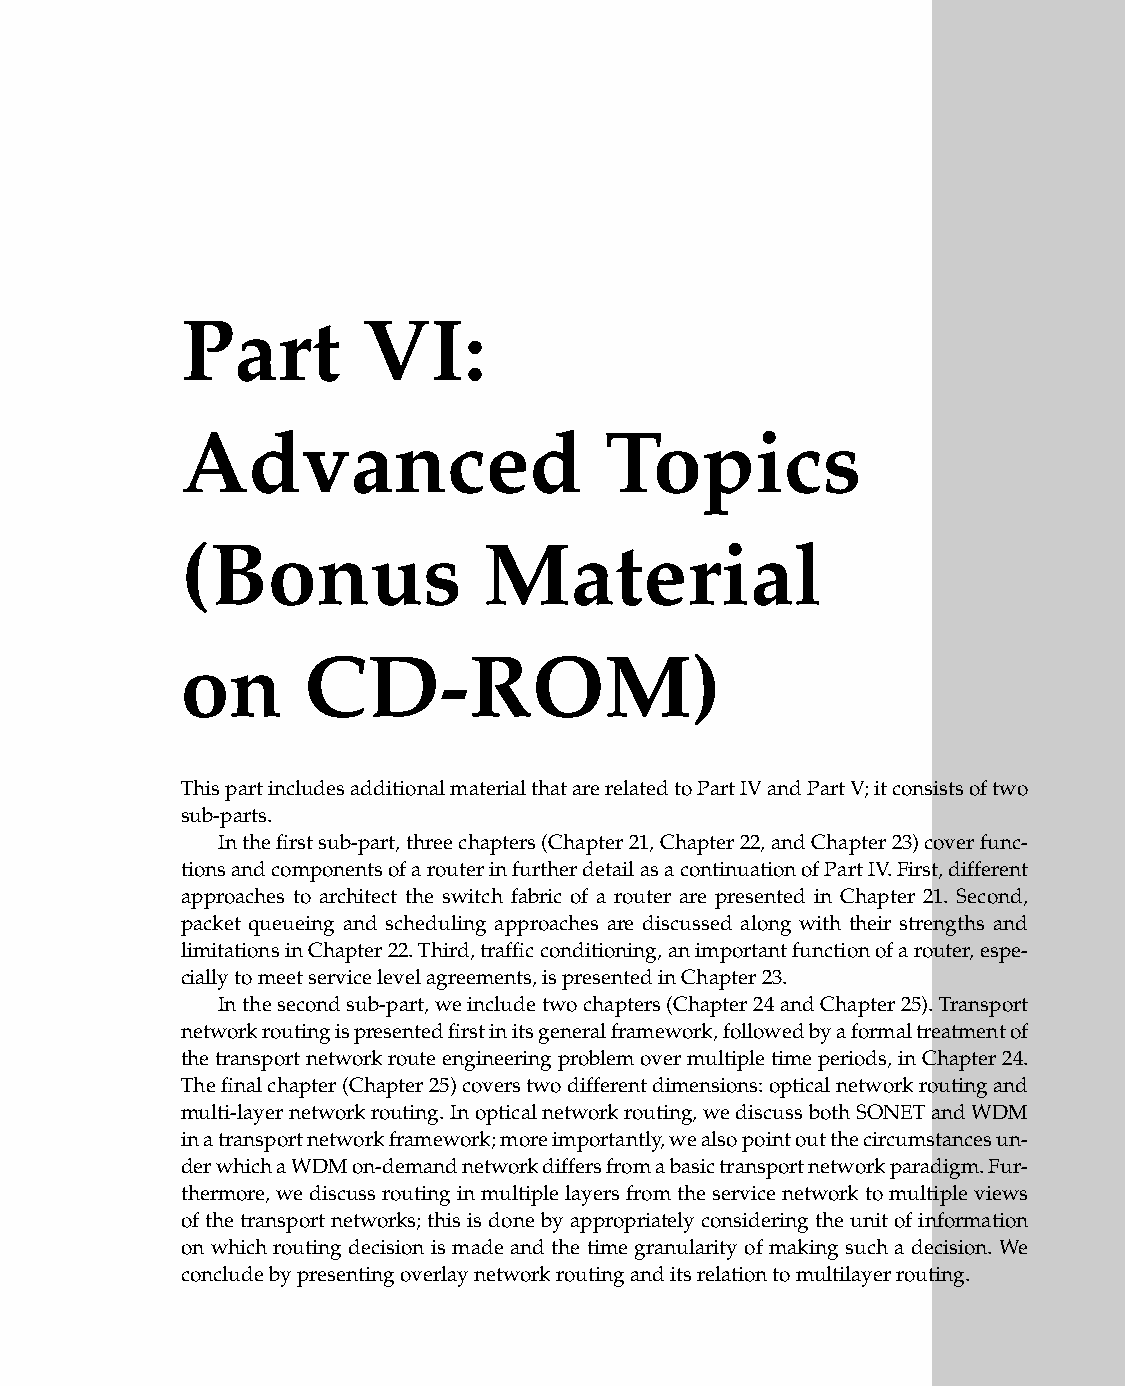
Part        VI:
 Advanced                    Topics
 (Bonus              Material
 on      CD-ROM)
 ThispartincludesadditionalmaterialthatarerelatedtoPartIVandPartV;itconsistsoftwo
 sub-parts.
 Inthefirstsub-part,threechapters(Chapter21,Chapter22,andChapter23)coverfunc-
 tionsandcomponentsofarouterinfurtherdetailasacontinuationofPartIV.First,different
 approaches to architect the switch fabric of a router are presented in Chapter 21. Second,
 packet queueing and scheduling approaches are discussed along with their strengths and
 limitationsinChapter22.Third,trafficconditioning,animportantfunctionofarouter,espe-
 ciallytomeetservicelevelagreements,ispresentedinChapter23.
 Inthesecondsub-part,weincludetwochapters(Chapter24andChapter25).Transport
 networkroutingispresentedfirstinitsgeneralframework,followedbyaformaltreatmentof
 thetransportnetworkrouteengineeringproblemovermultipletimeperiods,inChapter24.
 Thefinalchapter(Chapter25)coverstwodifferentdimensions:opticalnetworkroutingand
 multi-layernetworkrouting.Inopticalnetworkrouting,wediscussbothSONETandWDM
 inatransportnetworkframework;moreimportantly,wealsopointoutthecircumstancesun-
 derwhichaWDMon-demandnetworkdiffersfromabasictransportnetworkparadigm.Fur-
 thermore,wediscussroutinginmultiplelayersfromtheservicenetworktomultipleviews
 ofthetransportnetworks;thisisdonebyappropriatelyconsideringtheunitofinformation
 on which routing decision is made and the time granularity of making such a decision. We
 concludebypresentingoverlaynetworkroutinganditsrelationtomultilayerrouting.